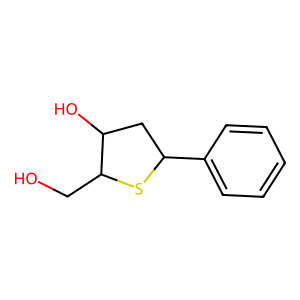
SMILES: OCC1SC(c2ccccc2)CC1O
Inhibits HIV replication: No